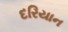
દરિયાન